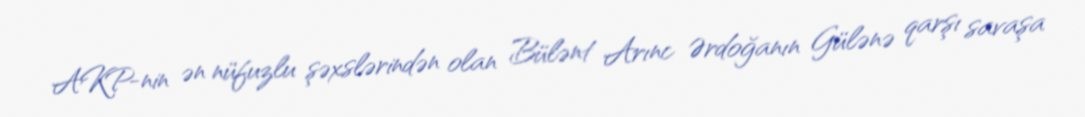
AKP-nin ən nüfuzlu şəxslərindən olan Bülənt Arınc Ərdoğanın Gülənə qarşı savaşa